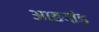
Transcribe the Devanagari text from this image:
आडदांड